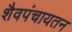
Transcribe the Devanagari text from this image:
शैवपंचायतन